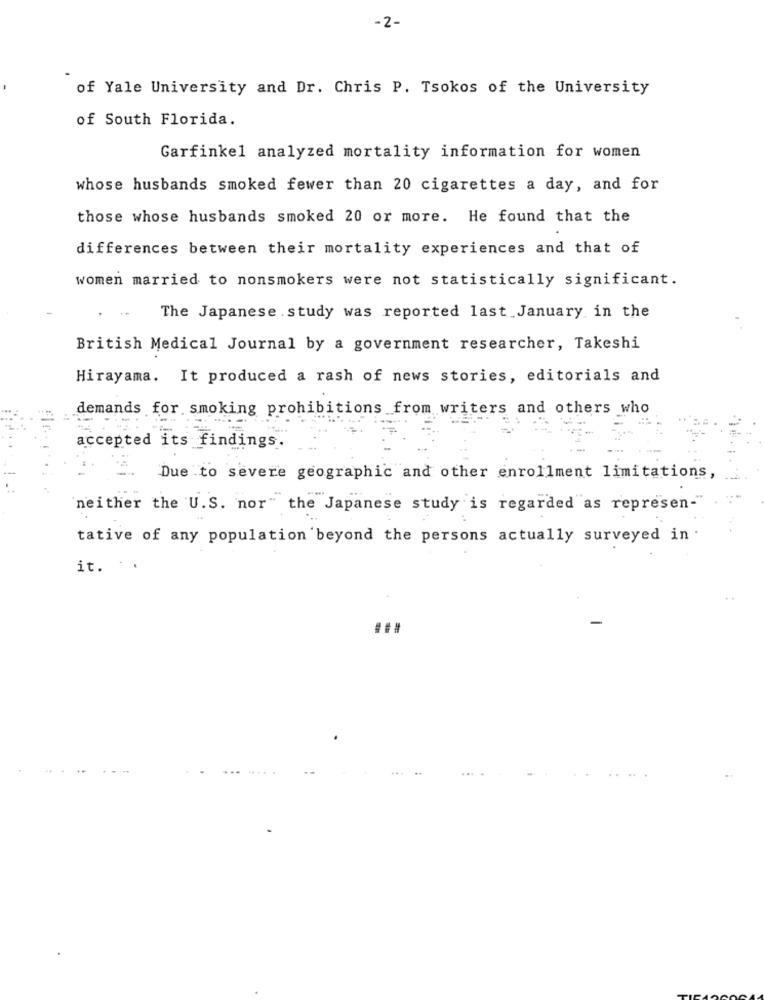
-2-
of Yale University and Dr. Chris P. Tsokos of the University
of South Florida.
Garfinkel analyzed mortality information for women
whose husbands smoked fewer than 20 cigarettes a day, and for
those whose husbands smoked 20 or more. He found that the
differences between their mortality experiences and that of
women married to nonsmokers were not statistically significant.
The Japanese . study was reported last January in the
British Medical Journal by a government researcher, Takeshi
Hirayama. It produced a rash of news stories, editorials and
demands for smoking prohibitions from writers and others who
accepted its findings.
Due to severe geographic and other enrollment limitations,
neither the U.S. nor" the Japanese study is regarded as represen-"
tative of any population beyond the persons actually surveyed in
it. .